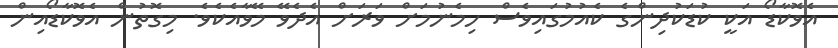
އެވޮކާޑޯ އަކީ ކުޑަކުދިންގެ ކެއުމުގައިވެސް ހިމެނުމަށް ވަރަށް އެދެވޭ މޭވާއެކެވެ. މިގޮތުން އެވޮކާޑޯއިން